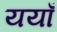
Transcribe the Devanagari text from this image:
ययाँ